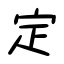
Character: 定